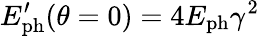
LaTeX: E_{\mathrm{ph}}^{\prime}(\theta=0)=4E_{\mathrm{ph}}\gamma^{2}